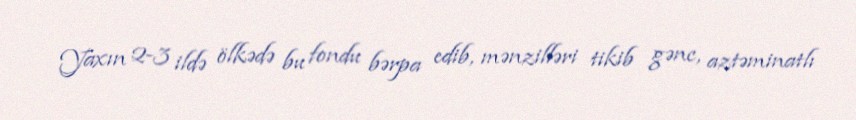
Yaxın 2-3 ildə ölkədə bu fondu bərpa edib, mənzilləri tikib gənc, aztəminatlı